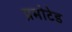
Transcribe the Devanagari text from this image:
प्रमोटेड